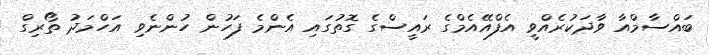
ބައްސާމްއާ ވާދަކުރެއްވީ އެފްއޭއެމްގެ ރައީސްގެ ގޮތުގައި އެންމެ ފަހުން ހުންނެވި އަހްމަދު ތޯރިގް